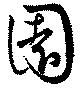
園